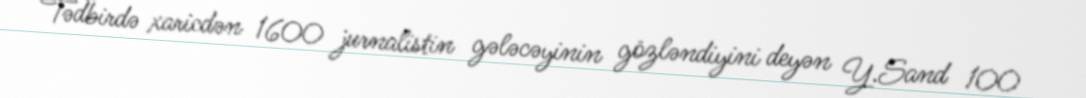
Tədbirdə xaricdən 1600 jurnalistin gələcəyinin gözləndiyini deyən Y.Sand 100